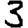
Digit: 3